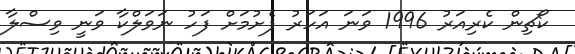
ކޯޗިން ކެރިއަރު 1996 ވަނަ އަހަރު ފެށުމަށް ފަހު ނަވަލްކާ ވަނީ ވިސްލާ